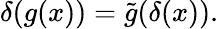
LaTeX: \delta(g(x))={\tilde{g}}(\delta(x)).